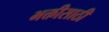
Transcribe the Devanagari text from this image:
भक्तीसाठी